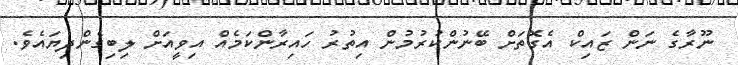
ނޫރާގެ ނަންް ޒައިކް އެގޮތަށް ބޭނުންކުރުމުން އިތުރު ހައިރާންކަމެއް އިވީއަށް ލިބިގެންދިޔައެވެ.